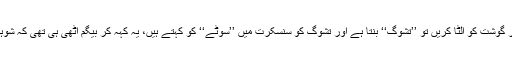
سامنے چونکہ پروفیسر صاحب کی زوجہ ماجدہ تھیں، اس لئے ترنت جواب دیا، اگر گوشت کو الٹا کریں تو ’’تشوگ‘‘ بنتا ہے اور تشوگ کو سنسکرت میں ’’سوٹے‘‘ کو کہتے ہیں، یہ کہہ کر بیگم اٹھی ہی تھی کہ شوہر اگلی بات سمجھ گئے، پھر جو ہوا وہ ایسا کچھ نہیں تھا کہ اردوادب کی تاریخ بنتا۔